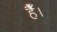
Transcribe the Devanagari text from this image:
हैैँँ।